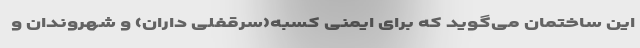
این ساختمان می‌گوید که برای ایمنی کسبه(سرقفلی داران) و شهروندان و